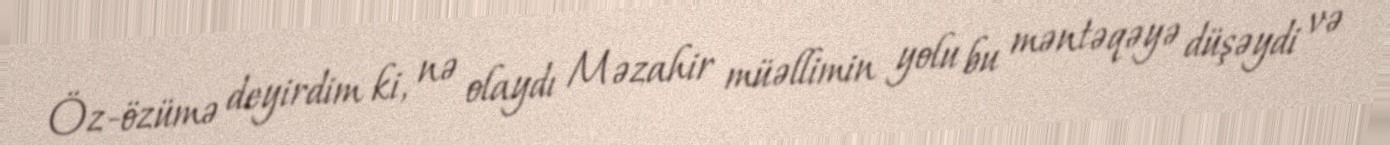
Öz-özümə deyirdim ki, nə olaydı Məzahir müəllimin yolu bu məntəqəyə düşəydi və